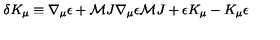
\delta K _ { \mu } \equiv \nabla _ { \mu } \epsilon + { \cal M } J \nabla _ { \mu } \epsilon { \cal M } J + \epsilon K _ { \mu } - K _ { \mu } \epsilon